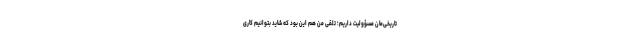
تاریخی‌مان مسؤولیت داریم؛ تلقی من هم این بود که شاید بتوانیم کاری